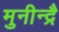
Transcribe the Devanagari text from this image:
मुनीन्द्रै